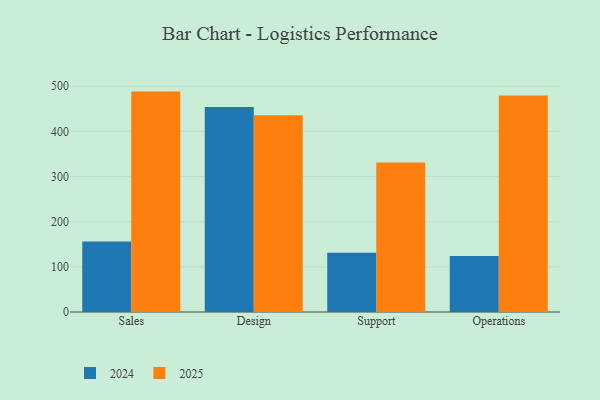
{"axis": {"x": "Department", "y": "Operating Costs (USD K)"}, "legend": ["2024", "2025"], "data": [{"x": "Sales", "y": 156.2, "type": "2024"}, {"x": "Sales", "y": 488.2, "type": "2025"}, {"x": "Design", "y": 454.3, "type": "2024"}, {"x": "Design", "y": 435.6, "type": "2025"}, {"x": "Support", "y": 131.2, "type": "2024"}, {"x": "Support", "y": 331.0, "type": "2025"}, {"x": "Operations", "y": 124.1, "type": "2024"}, {"x": "Operations", "y": 479.7, "type": "2025"}]}